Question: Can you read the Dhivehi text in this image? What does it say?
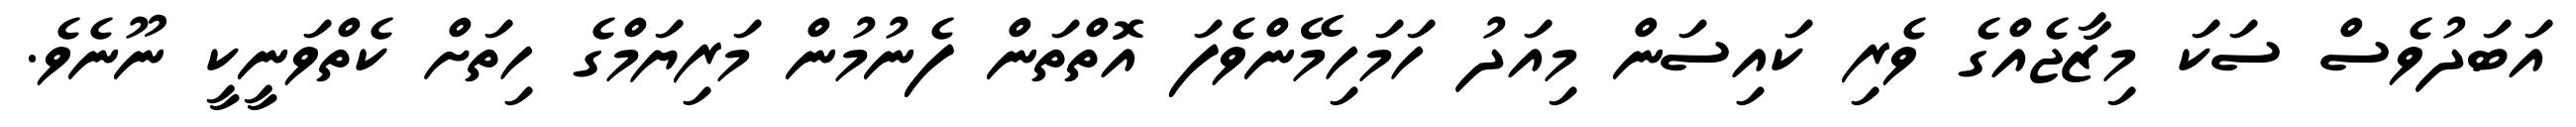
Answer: އަބަދުވެސް ސަކަ މިޒާޖެއްގެ ވެރި ކައިސަން މިއަދު ހަމަހިމޭންވެފަ އޮތްތަން ފެނުމުން މަރިޔަމްގެ ހިތަށް ކެތްވަނީކީ ނޫނެވެ.